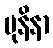
မုနိနာ